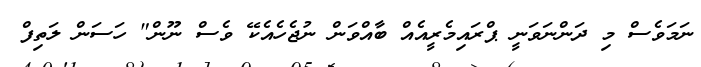
ނަމަވެސް މި ދަންނަވަނީ ޕްރައިމެރީއެއް ބާއްވަން ނުޖެހެއެކޭ ވެސް ނޫން" ހަސަން ލަތިފް